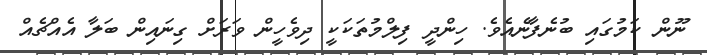
ނޫން ކަމުގައި ބުނެފާނެއެވެ. ހިންދީ ފިލްމުތަކަކީ ދިވެހީން ވަރަށް ގިނައިން ބަލާ އެއްޗެއް